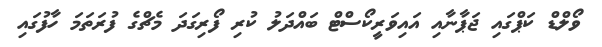
ވޯލްޑް ކަޕްގައި ޖަޕާނާއި އައިވަރީކޯސްޓް ބައްދަލު ކުރި ފޯރިގަދަ މެޗްގެ ފުރަތަމަ ހާފުގައި